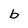
Character: b